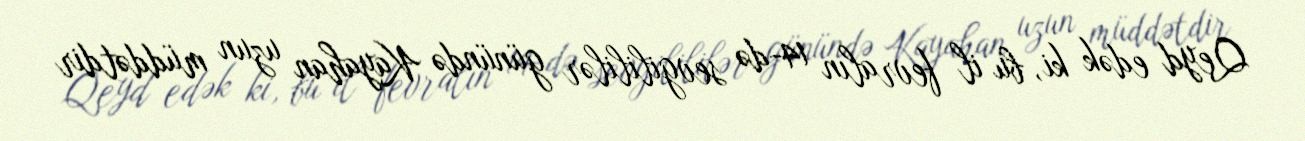
Qeyd edək ki, bu il fevralın 14-də sevgilililər günündə Kayahan uzun müddətdir